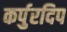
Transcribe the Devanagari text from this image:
कर्पुरदिप